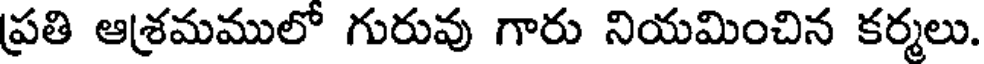
ప్రతి ఆశ్రమములో గురువు గారు నియమించిన కర్మలు.